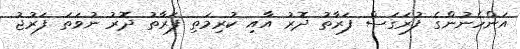
އަންހެނުންގެ ފުރަގަސް ފަރާތު ދޮރު އާއި ކުރިމަތި ފަރާތު ދޮރު ނުވަތަ ފަރުޖު